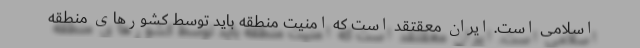
اسلامی است. ایران معقتقد است که امنیت منطقه باید توسط کشورهای منطقه